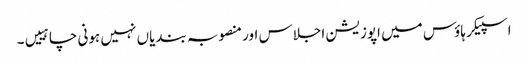
اسپیکر ہاؤس میں اپوزیشن اجلاس اور منصوبہ بندیاں نہیں ہونی چاہییں۔